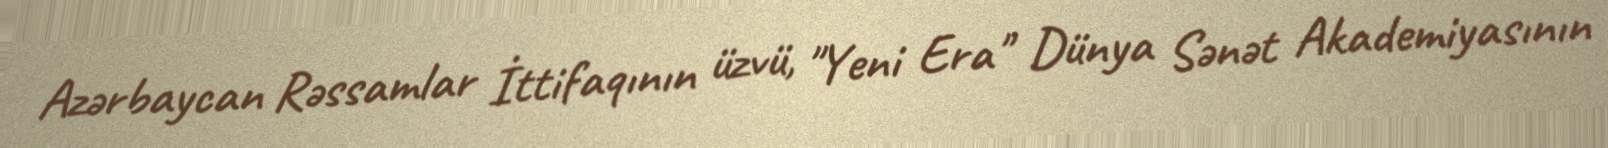
Azərbaycan Rəssamlar İttifaqının üzvü, "Yeni Era" Dünya Sənət Akademiyasının